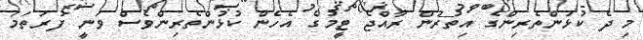
މި ދެ ކުޅުންތެރިންގެ އިތުރުން ރާއްޖެ ޓީމުގެ އެހެން ކުޅުންތެރިންވެސް ވަނީ ފުރަތަމަ